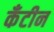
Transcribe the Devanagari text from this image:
कँटीन